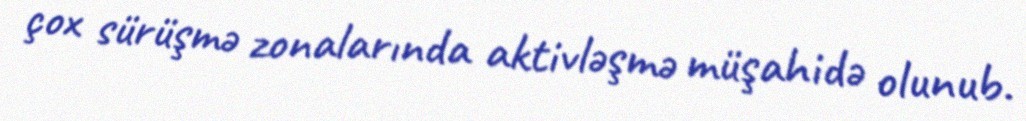
çox sürüşmə zonalarında aktivləşmə müşahidə olunub.